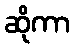
ဆိုကာ